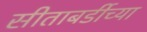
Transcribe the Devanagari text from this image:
सीताबर्डीच्या